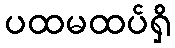
ပထမထပ်ရှိ